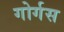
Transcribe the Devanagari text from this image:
गोर्गस